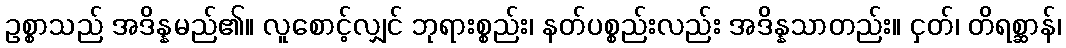
ဥစ္စာသည် အဒိန္နမည်၏။ လူစောင့်လျှင် ဘုရားစ္စည်း၊ နတ်ပစ္စည်းလည်း အဒိန္နသာတည်း။ ငှတ်၊ တိရစ္ဆာန်၊